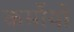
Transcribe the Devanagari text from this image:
कर्मोयों